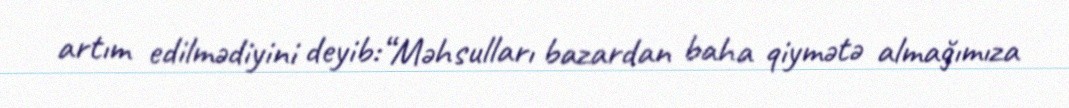
artım edilmədiyini deyib:“Məhsulları bazardan baha qiymətə almağımıza